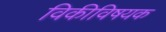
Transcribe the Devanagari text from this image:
विकीविषयक